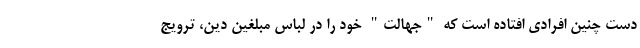
دست چنین افرادی افتاده است که "جهالت" خود را در لباس مبلغین دین، ترویج